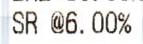
SR @ 6.00%